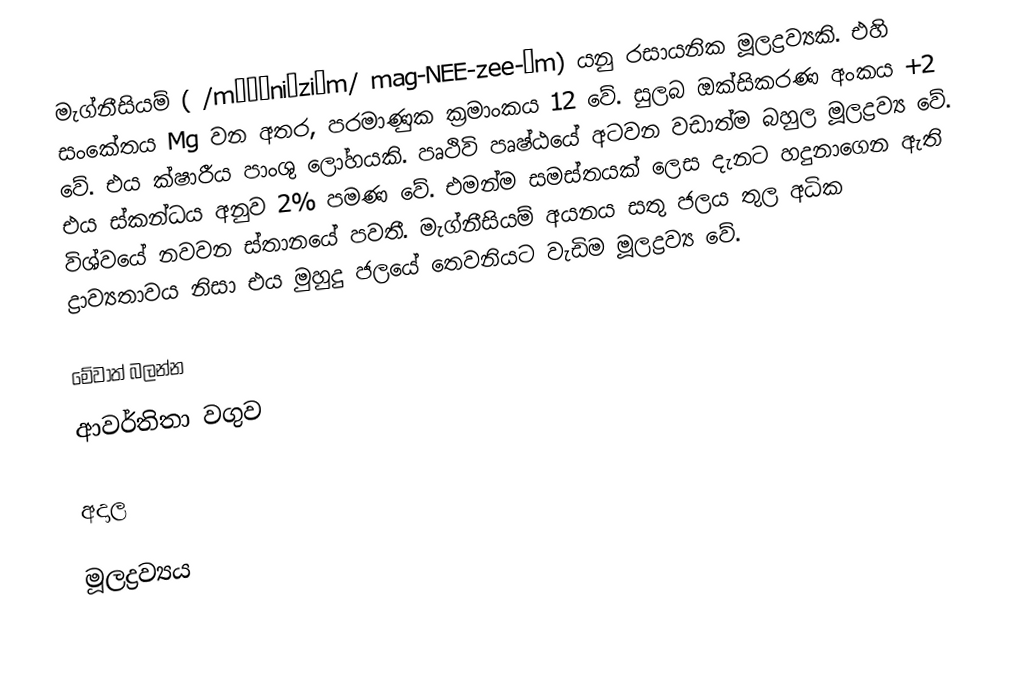
මැග්නීසියම් ( /mæɡˈniːziəm/ mag-NEE-zee-əm) යනු රසායනික මූලද්‍රව්‍යකි. එහි සංකේතය Mg වන අතර, පරමාණුක ක්‍රමාංකය 12 වේ. සුලබ ඔක්සිකරණ අංකය +2 වේ. එය ක්ෂාරීය පාංශු ලෝහයකි. පෘථිවි පෘෂ්ඨයේ අටවන වඩාත්ම බහුල මූලද්‍රව්‍ය වේ. එය ස්කන්ධය අනුව 2% පමණ වේ. එමන්ම සමස්තයක් ලෙස දැනට හදුනාගෙන ඇති  විශ්වයේ නවවන ස්තානයේ පවතී. මැග්නීසියම් අයනය සතු ජලය තුල අධික ද්‍රාව්‍යතාවය නිසා එය මුහුදු ජලයේ තෙවනියට වැඩිම මූලද්‍රව්‍ය වේ.

මේවාත් බලන්න
ආවර්තිතා වගුව

අදාල

මූලද්‍රව්‍යය